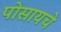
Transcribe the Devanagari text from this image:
पोसायचे